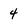
Character: 4